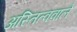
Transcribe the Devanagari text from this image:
अस्तित्ववाले